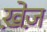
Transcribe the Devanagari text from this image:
ख़ेज़